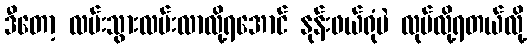
ဒီတော့ လမ်းသွားလမ်းလာလို့ရအောင် နုန်းဖယ်ရုံပဲ လုပ်လို့ရတယ်လို့